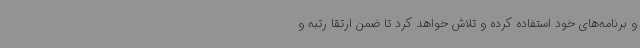
و برنامه‌های خود استفاده کرده و تلاش خواهد کرد تا ضمن ارتقا رتبه و